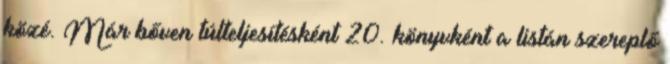
közé. Már bőven túlteljesítésként 20. könyvként a listán szereplő